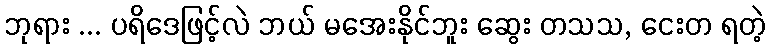
ဘုရား ... ပရိဒေဖြင့်လဲ ဘယ် မအေးနိုင်ဘူး ဆွေး တသသ, ငေးတ ရတဲ့